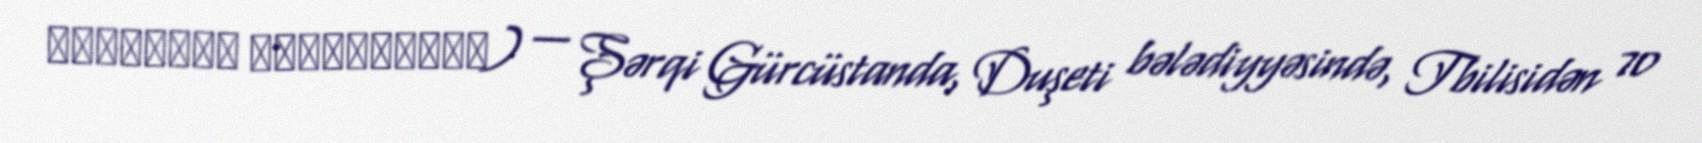
ჟინვალის წყალსაცავი) — Şərqi Gürcüstanda, Duşeti bələdiyyəsində, Tbilisidən 70